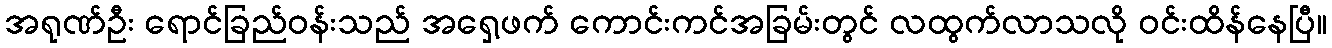
အရုဏ်ဦး ရောင်ခြည်ဝန်းသည် အရှေ့ဖက် ကောင်းကင်အခြမ်းတွင် လထွက်လာသလို ဝင်းထိန်နေပြီ။